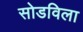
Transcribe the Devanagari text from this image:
सोडविला